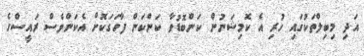
އަދި މިބިލްތަކުގައި ހުރި އެ ކޮމިޝަނުން ކަންބޮޑުވާ ކަންކަން ފާހަގަކޮށް އެކަންވެސް ރައީސްގެ